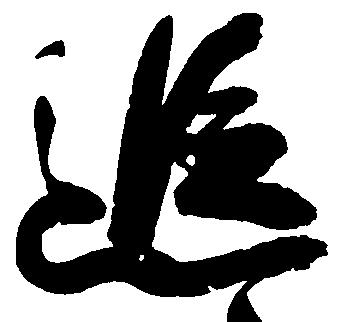
追